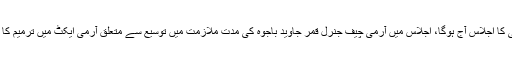
تفصیلات کے مطابق قومی اسمبلی کا اجلاس آج ہوگا، اجلاس میں آرمی چیف جنرل قمر جاوید باجوہ کی مدت ملازمت میں توسیع سے متعلق آرمی ایکٹ میں ترمیم کا بل پیش کئے جانے کا امکان ہے۔